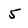
Character: 5